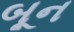
બૂન